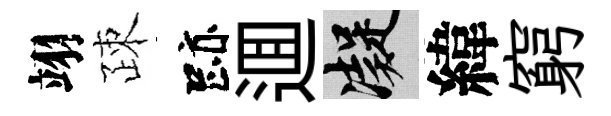
翊疎跡逥凝緯窮